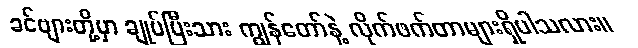
ခင်ဗျားတို့မှာ ချုပ်ပြီးသား ကျွန်တော်နဲ့ လိုက်ဖက်တာများရှိပါသလား။